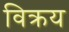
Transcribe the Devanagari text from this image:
विक्रय